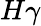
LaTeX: H\gamma